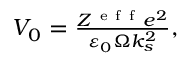
\begin{array} { r } { V _ { 0 } = \frac { Z ^ { \mathrm { ~ e ~ f ~ f ~ } } e ^ { 2 } } { \varepsilon _ { 0 } \Omega k _ { s } ^ { 2 } } , } \end{array}